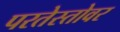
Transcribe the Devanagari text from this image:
परतेस्तोवर